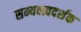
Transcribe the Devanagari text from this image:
सम्यक्त्वदर्शक